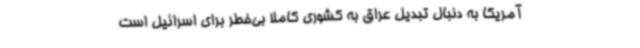
آمریکا به دنبال تبدیل عراق به کشوری کاملا بی‌خطر برای اسرائیل است